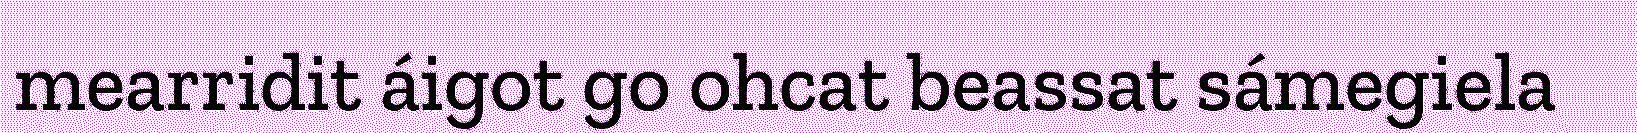
mearridit áigot go ohcat beassat sámegiela